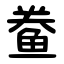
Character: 鲞